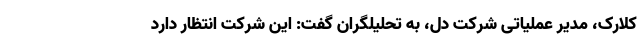
کلارک، مدیر عملیاتی شرکت دل، به تحلیلگران گفت: این شرکت انتظار دارد